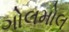
ગોલમોલ